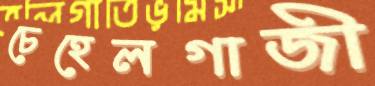
চেহেলগাজী